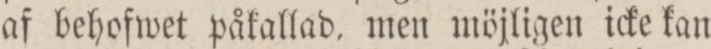
af behofwet påkallad, men möjligen icke kan